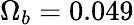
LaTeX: \Omega_{b}=0.049